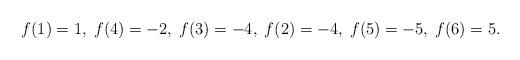
\begin{align*}f(1)=1,\;f(4)=-2,\;f(3)=-4,\;f(2)=-4,\;f(5)=-5,\;f(6)=5.\end{align*}